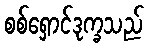
စစ်ရှောင်ဒုက္ခသည်